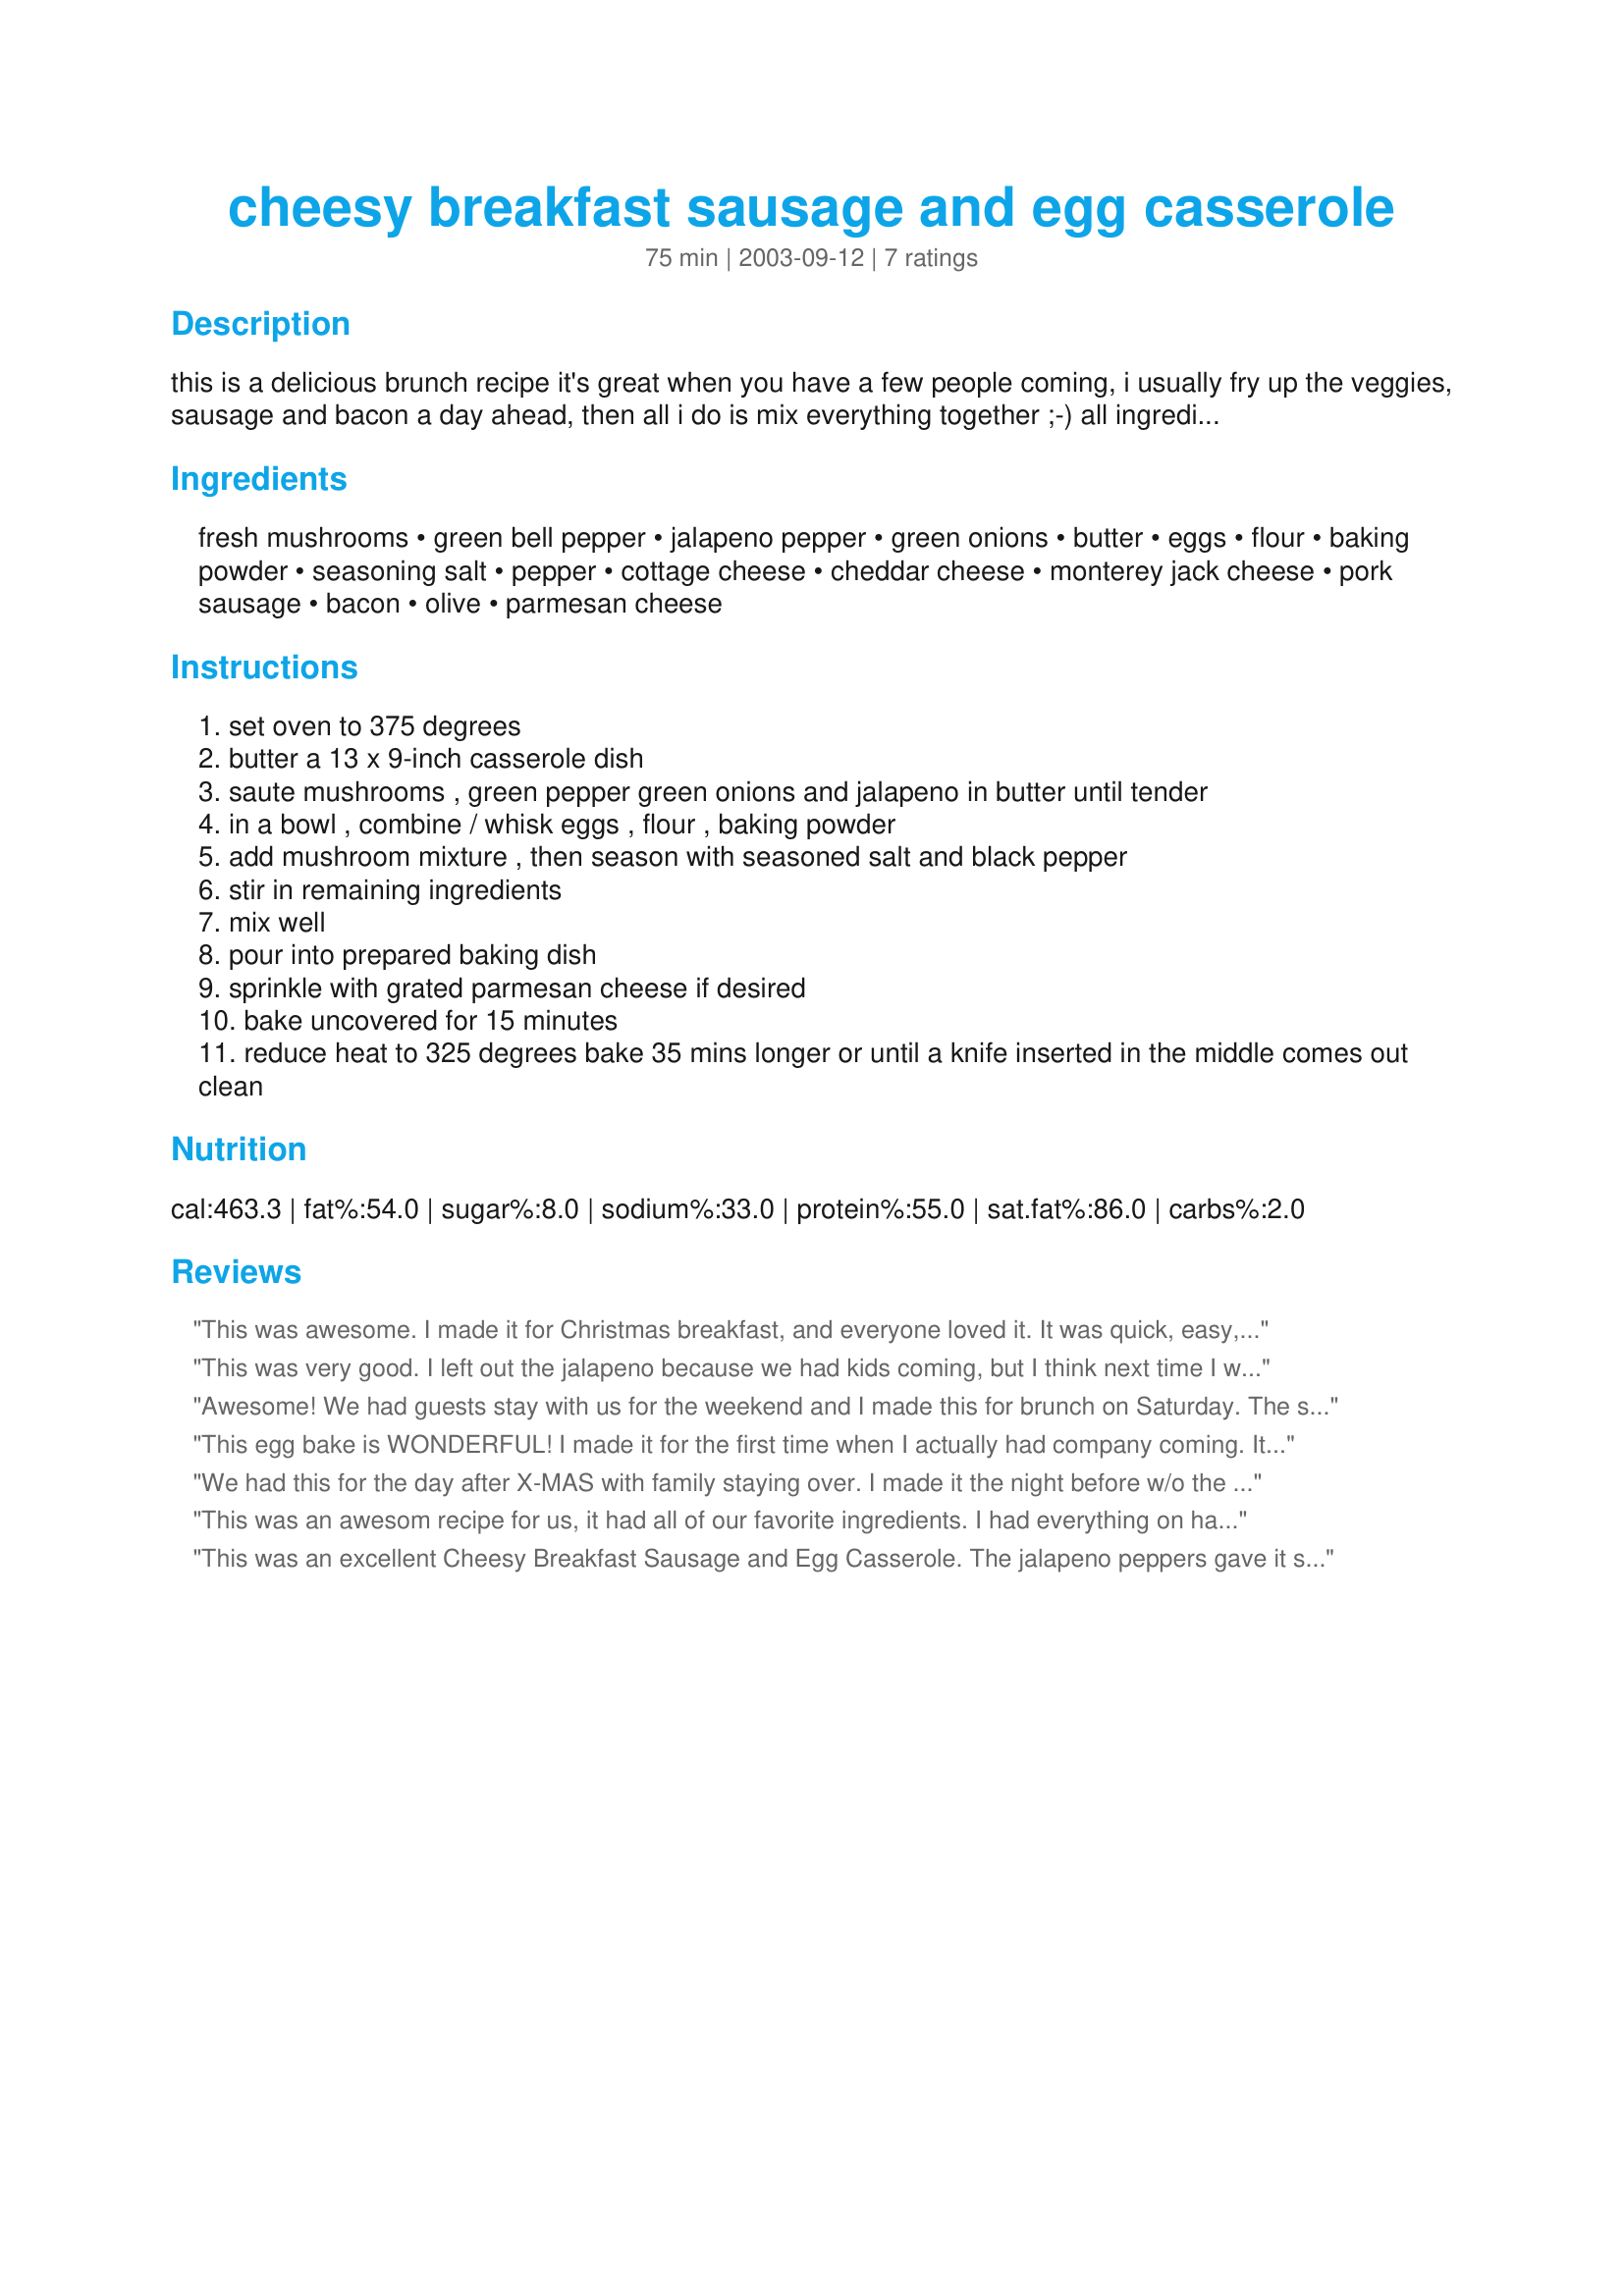
cheesy breakfast sausage and egg casserole
Preparation time: 75 minutes

this is a delicious brunch recipe it's great when you have a few people coming, i usually fry up the veggies, sausage and bacon a day ahead, then all i do is mix everything together ;-) all ingredients may be adjusted to taste.

Ingredients:
fresh mushrooms, green bell pepper, jalapeno pepper, green onions, butter, eggs, flour, baking powder, seasoning salt, pepper, cottage cheese, cheddar cheese, monterey jack cheese, pork sausage, bacon, olive, parmesan cheese

Steps:
set oven to 375 degrees
butter a 13 x 9-inch casserole dish
saute mushrooms , green pepper green onions and jalapeno in butter until tender
in a bowl , combine / whisk eggs , flour , baking powder
add mushroom mixture , then season with seasoned salt and black pepper
stir in remaining ingredients
mix well
pour into prepared baking dish
sprinkle with grated parmesan cheese if desired
bake uncovered for 15 minutes
reduce heat to 325 degrees bake 35 mins longer or until a knife inserted in the middle comes out clean

Reviews:
This was awesome. I made it for Christmas breakfast, and everyone loved it. It was quick, easy, and it tasted great. This is a keeper!
This was very good. I left out the jalapeno because we had kids coming, but I think next time I will add it and let the kids eat something else if they don't like it! Do use good quality bacon and eggs--they make a difference! I used reduced fat cheddar cheese because that's what I bought by mistake, and it was fine. Overall, this is a good tasting recipe where you can do much of the preperation ahead of time. (Always appreciate those!)
Awesome! We had guests stay with us for the weekend and I made this for brunch on Saturday. The smell of this baking makes your mouth water. The only thing I did different was to use pepper jack cheese in place of regular jack, because I didn't have a jalapeno pepper, it worked great. I also did not use the olives but never the less, this recipe was perfectly delicious and my guests loved it! Thanks Kittencal for another great recipe!
This egg bake is WONDERFUL! I made it for the first time when I actually had company coming. It's always a little risky making something for the first time for somebody else, but I've used lots of Kittencal's other recipes and they've always been a hit. Well, this was no exception! The egg bake was SO tasty! I didn't use mushrooms, olives, or the jalpeno pepper, but it was still so yummy. In fact, my company asked for the recipe, and they subsequently gave the recipe out to more people...that's how good it is!
We had this for the day after X-MAS with family staying over. I made it the night before w/o the bacon, and with a red pepper instead of green and it turned out great. I also made a seperate serving w/o meat for my niece in a pop out tart pan and the smaller serving cooked well and was pretty to serve.
This was an awesom recipe for us, it had all of our favorite ingredients. I had everything on hand so I didn't have to change alot of the recipe, however, for preference I cut the flour & butter back abit & increased the peppers. Lovely recipe, thanks for sharing.
This was an excellent Cheesy Breakfast Sausage and Egg Casserole. The jalapeno peppers gave it such a lovely taste. My whole family wants me to make it again. Thanks for posting this recipe.
